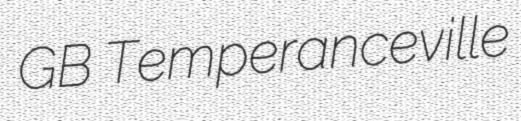
GB Temperanceville